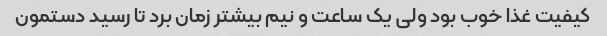
کیفیت غذا خوب بود ولی یک ساعت و نیم بیشتر زمان برد تا رسید دستمون